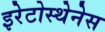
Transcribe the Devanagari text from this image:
इरेटोस्थेनेस